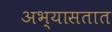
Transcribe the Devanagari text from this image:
अभ्यासतात